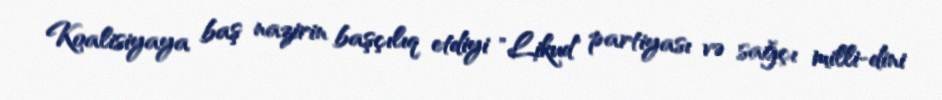
Koalisiyaya baş nazirin başçılıq etdiyi "Likud" partiyası və sağçı milli-dini